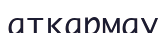
атқармау